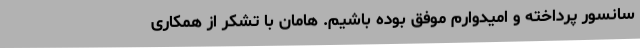
سانسور پرداخته و امیدوارم موفق بوده باشیم. هامان با تشکر از همکاری